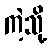
ကဲ့သို့